Annual report of the Imperial Bacteriological Laboratory, Muktesar
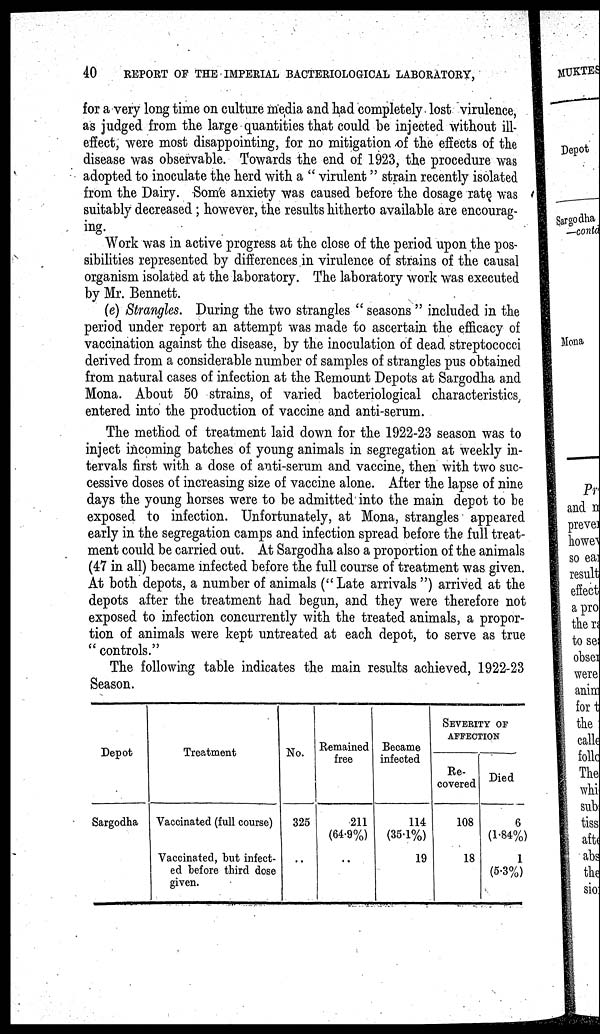
40
REPORT OF THE IMPERIAL BACTERIOLOGICAL LABORATORY,
for a very long time on culture media and had completely lost virulence,
as judged from the large quantities that could be injected without ill-
effect, were most disappointing, for no mitigation of the effects of the
disease was observable. Towards the end of 1923, the procedure was
adopted to inoculate the herd with a " virulent" strain recently isolated
from the Dairy. Some anxiety was caused before the dosage rate was
suitably decreased; however, the results hitherto available are encourag-
ing.
Work was in active progress at the close of the period upon the pos-
sibilities represented by differences in virulence of strains of the causal
organism isolated at the laboratory. The laboratory work was executed
by Mr. Bennett.
(e) Strangles. During the two strangles " seasons " included in the
period under report an attempt was made to ascertain the efficacy of
vaccination against the disease, by the inoculation of dead streptococci
derived from a considerable number of samples of strangles pus obtained
from natural cases of infection at the Remount Depots at Sargodha and
Mona. About 50 strains, of varied bacteriological characteristics,
entered into the production of vaccine and anti-serum.
The method of treatment laid down for the 1922-23 season was to
inject incoming batches of young animals in segregation at weekly in-
tervals first with a dose of anti-serum and vaccine, then with two suc-
cessive doses of increasing size of vaccine alone. After the lapse of nine
days the young horses were to be admitted into the main depot to be
exposed to infection. Unfortunately, at Mona, strangles appeared
early in the segregation camps and infection spread before the full treat-
ment could be carried out. At Sargodha also a proportion of the animals
(47 in all) became infected before the full course of treatment was given.
At both depots, a number of animals ("Late arrivals ") arrived at the
depots after the treatment had begun, and they were therefore not
exposed to infection concurrently with the treated animals, a propor-
tion of animals were kept untreated at each depot, to serve as true
" controls."
The following table indicates the main results achieved, 1922-23
Season.
Depot
Sargodha
Treatment
Vaccinated (full course)
Vaccinated, but infect-
ed before third dose
given.
No.
325
..
Remained
free
211
(64.9%)
...
Became
infected
114
(35.1%)
19
SEVERITY OF
AFFECTION
Re-
covered
108
18
Died
6
(1.84%
1
(5.3%)